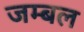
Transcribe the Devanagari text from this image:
जम्‍बल